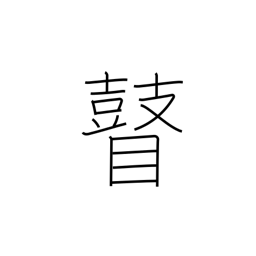
Meaning: blind person